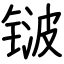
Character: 𬭛